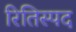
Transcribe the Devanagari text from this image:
रितिस्पद